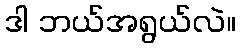
ဒါ ဘယ်အရွယ်လဲ။